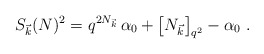
\begin{align*}S_{\vec{k}}(N)^2 = q^{2 N_{\vec{k}}} \, \alpha_0 + \left[ N_{\vec{k}} \right]_{q^2} - \alpha_0 \, \, .\end{align*}